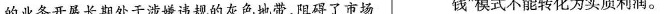
的业务开展长期处于涉嫌违规的灰色地带，阻碍了市场 钱”模式不能转化为实质利润。